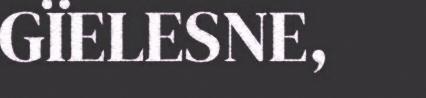
GÏELESNE,